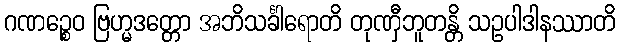
ဂဏဉ္စေဝ ဗြဟ္မဒတ္တော အဘိသင်္ခါရောတိ တုဏှီဘူတန္တိ သဥပါဒါနဿာတိ